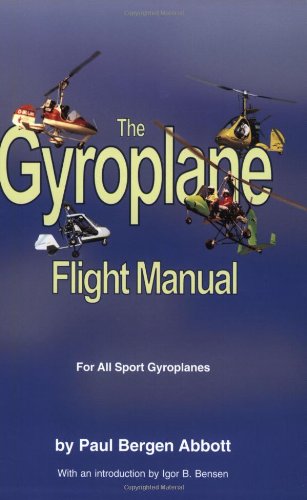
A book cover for The Gyroplane Flight Manual; Paul Bergen Abbott; Sports & Outdoors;